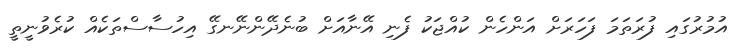
އުމުރުގައި ފުރަތަމަ ފަހަރަށް އަންހެން ކުއްޖަކު ފެނި އޭނާއަށް ބުނެދޭންނޭނގޭ އިހުސާސްތަކެއް ކުރެވުނީތީ